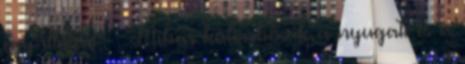
egy illúzió” – Miben különbözik a nyugati és a